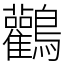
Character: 鸛